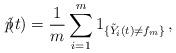
LaTeX: \begin{align*}\hat p_{}\!\!(t)=\frac {1} {m}\sum_{i=1}^{ m} 1_{\{\tilde Y_i(t)\neq f_m\}}\, ,\end{align*}